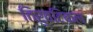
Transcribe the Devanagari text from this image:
तिरुवटिकल